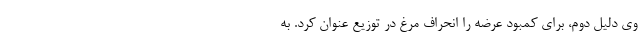
وی دلیل دوم، برای کمبود عرضه را انحراف مرغ در توزیع عنوان کرد. به